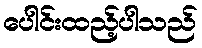
ပေါင်းထည့်ပါသည်